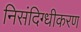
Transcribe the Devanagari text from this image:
निसंदिग्धीकरण